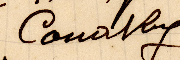
Conkry